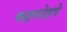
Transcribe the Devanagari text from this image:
कढ़फोड़वे